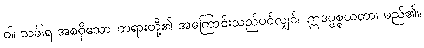
ဝါ၊ သင်္ခါရ အစရှိသော တရားတို့၏ အကြောင်းသည်ပင်လျှင်။ ဣဒပ္ပစ္စယတာ၊ မည်၏။